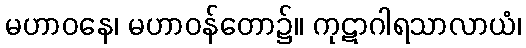
မဟာဝနေ၊ မဟာဝန်တော၌။ ကုဋာဂါရသာလာယံ၊